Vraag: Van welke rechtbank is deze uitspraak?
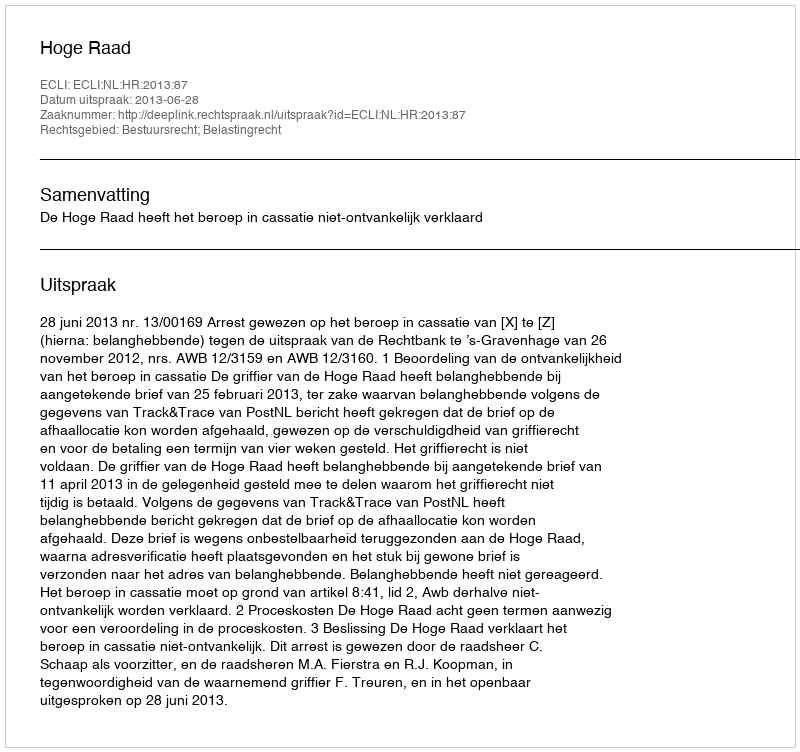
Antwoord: Hoge Raad